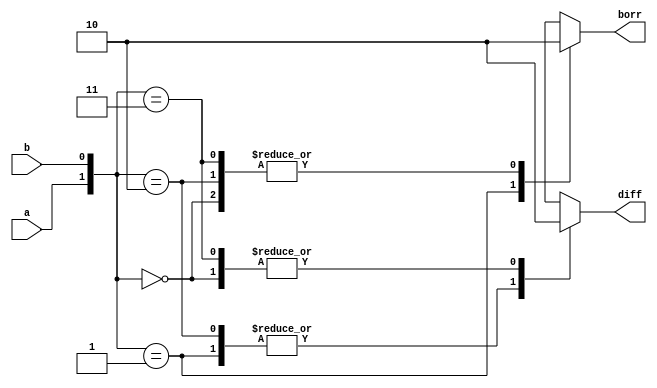
module halfsubstractor (a,b,diff,borr);

input a,b;
output reg diff,borr;

always @ (a,b)
begin
    case ({a,b})
    2'b00: begin
        diff =0;borr=0;
    end
    2'b01: begin
        diff =1;borr=1;
    end
    2'b10: begin
        diff =1;borr=0;
    end
    2'b11: begin
        diff =0;borr=0;
    end
    endcase
    
end

endmodule